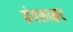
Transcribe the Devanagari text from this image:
संयक्ताक्षर